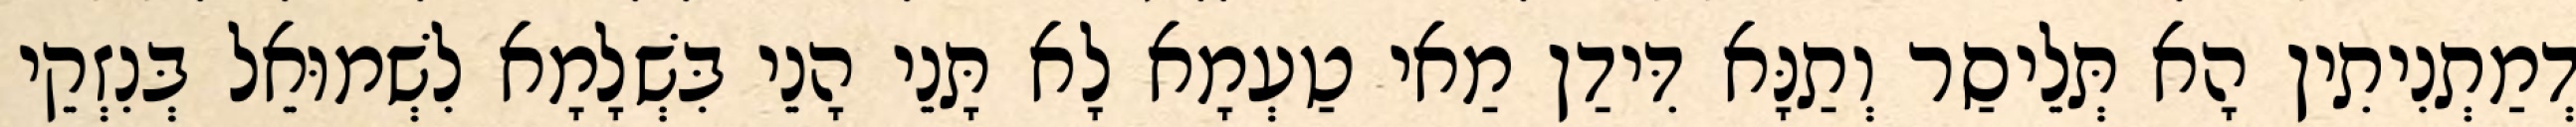
דְמַתְנִיתִין הָא תְּלֵיסַר וְתַנָּא דִּידַן מַאי טַעְמָא לָא תָּנֵי הָנֵי בִּשְׁלָמָא לִשְׁמוּאֵל בְּנִזְקֵי